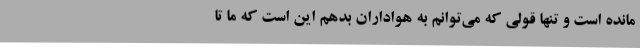
مانده است و تنها قولی که می‌توانم به هواداران بدهم این است که ما تا